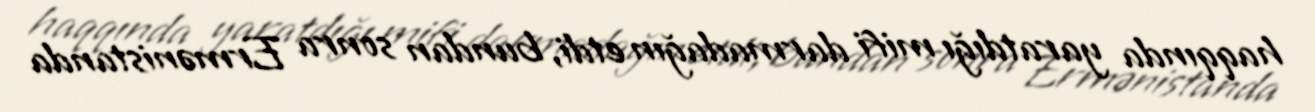
haqqında yaratdığı mifi darmadağın etdi, bundan sonra Ermənistanda